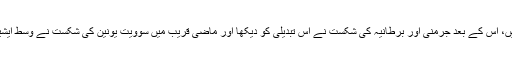
جب اسلام سپرپاور تھا تو اس کی شکست نے بڑی جغرافیائی تبدیلیاں پیدا کی ہیں، اس کے بعد جرمنی اور برطانیہ کی شکست نے اس تبدیلی کو دیکھا اور ماضی قریب میں سوویت یونین کی شکست نے وسط ایشیا اور یوگو سلاویہ میں اس تبدیلی کو دیکھا ،کوئی 15ممالک وجود میں آ گئے۔